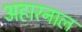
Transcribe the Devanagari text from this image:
अहारनाल